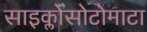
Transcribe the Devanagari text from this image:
साइक्लोसोटोमाटा